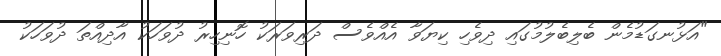
"އަޅުނގަޑުމެން ބެލިބެލުމުގައި ދިވެހި ކިޔަވާ އެއްވެސް ދަރިވަރަކު ހޮނިހިރު ދުވަހަކު އާދިއްތަ ދުވަހަކު